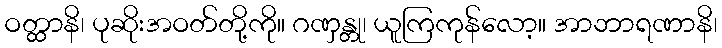
ဝတ္ထာနိ၊ ပုဆိုးအဝတ်တို့ကို။ ဂဏှန္တု၊ ယူကြကုန်လော့။ အာဘာရဏာနိ၊